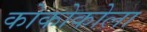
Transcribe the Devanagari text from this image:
कोकोकोला